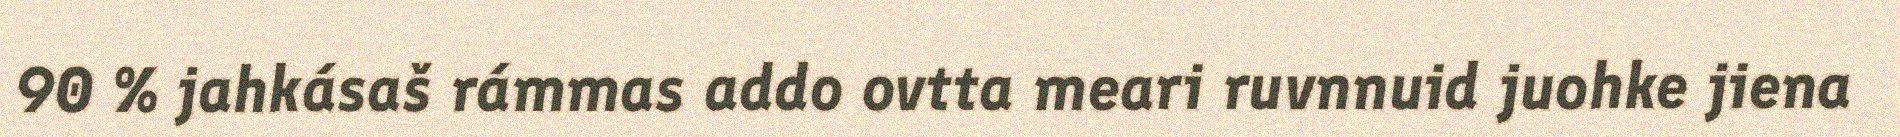
90 % jahkásaš rámmas addo ovtta meari ruvnnuid juohke jiena